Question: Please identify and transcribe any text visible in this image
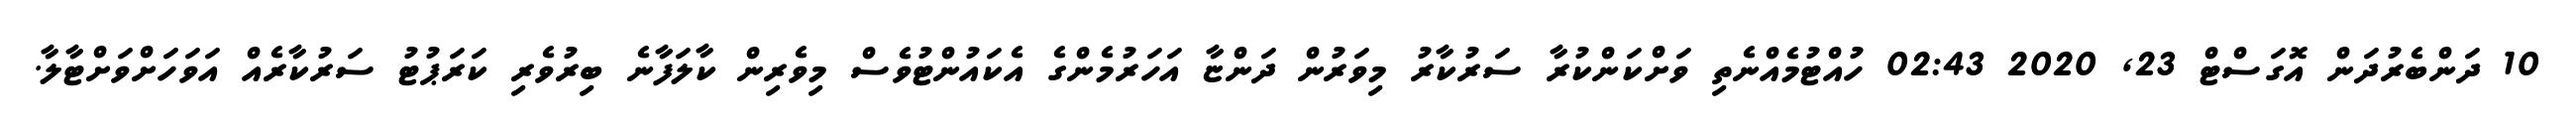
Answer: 10 ދަންބެރުދަން އޮގަސްޓް 23, 2020 02:43 ހުއްޓުމެއްނެތި ވަށްކަންކުރާ ސަރުކާރު މިވަރުން ދަންޏާ އަހަރުމެންގެ އެކައުންޓުވެސް މިވެރިން ކާލަފާނެ ބިރުވެރި ކަރަޕުޓު ސަރުކާރެއް އަވަހަށްވަށްޓާލާ.